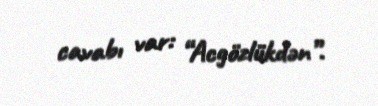
cavabı var: “Acgözlükdən”.